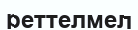
реттелмел